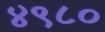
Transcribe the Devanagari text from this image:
४९८०